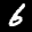
Label: 6